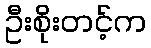
ဦးစိုးတင့်က